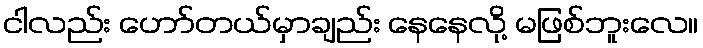
ငါလည်း ဟော်တယ်မှာချည်း နေနေလို့ မဖြစ်ဘူးလေ။